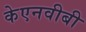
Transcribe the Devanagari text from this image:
केएनवीबी